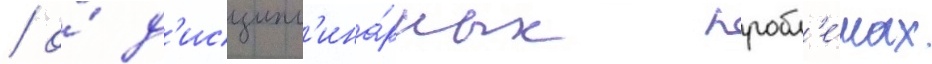
/ о́ д'исципл'ина́рных пробл'е́мах